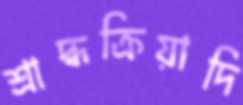
শ্রাদ্ধক্রিয়াদি